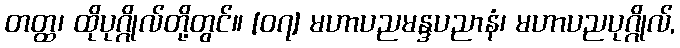
တတ္ထ၊ ထိုပုဂ္ဂိုလ်တို့တွင်။ [၀၇] မဟာပညမန္ဒပညာနံ၊ မဟာပညပုဂ္ဂိုလ်,